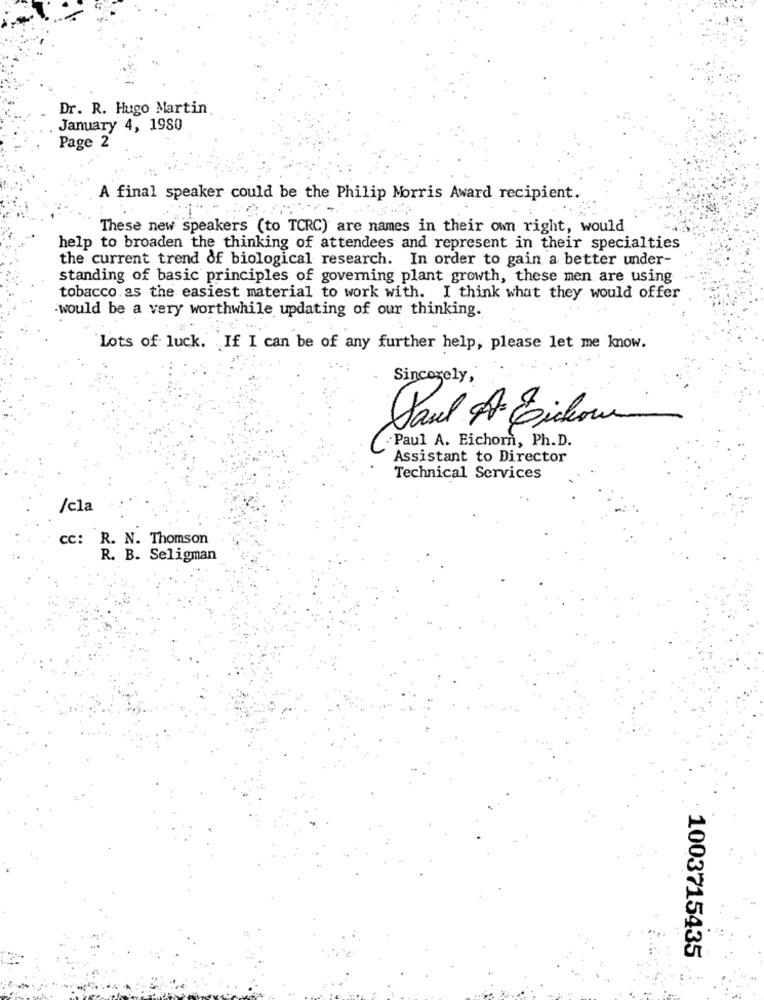
Dr. R. Hugo Martin
January 4, 1980
Page 2
A final speaker could be the Philip Morris Award recipient.
These new speakers (to TCRC) are names in their own right, would
help to broaden the thinking of attendees and represent in their specialties
the current trend of biological research. In order to gain a better under-
standing of basic principles of governing plant growth, these men are using
tobacco. as the easiest material to work with. I think what they would offer
.would be a very worthwhile updating of our thinking.
Lots of luck. If I can be of any further help, please let me know.
Sincerely,
Paul At Eichow
-Paul A. Eichorn, Ph.D.
Assistant to Director
Technical Services
/cla
CC: R. N. Thomson
R. B. Seligman
1003715435